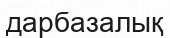
дарбазалық